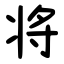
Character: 将